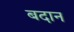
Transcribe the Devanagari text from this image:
बदान